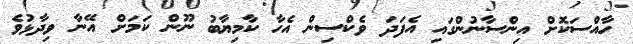
ހާއްސަކޮށް އިންސާނުންގައި އެފަދަ ވެކްސިން އެހާ ކާމިޔާބު ނޫން ކަމަށް އޭނާ ވިދާޅުވެ